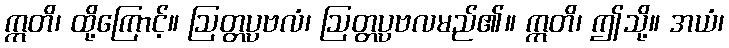
ဣတိ၊ ထို့ကြောင့်။ ဩတ္တပ္ပဗလံ၊ ဩတ္တပ္ပဗလမည်၏။ ဣတိ၊ ဤသို့။ အယံ၊